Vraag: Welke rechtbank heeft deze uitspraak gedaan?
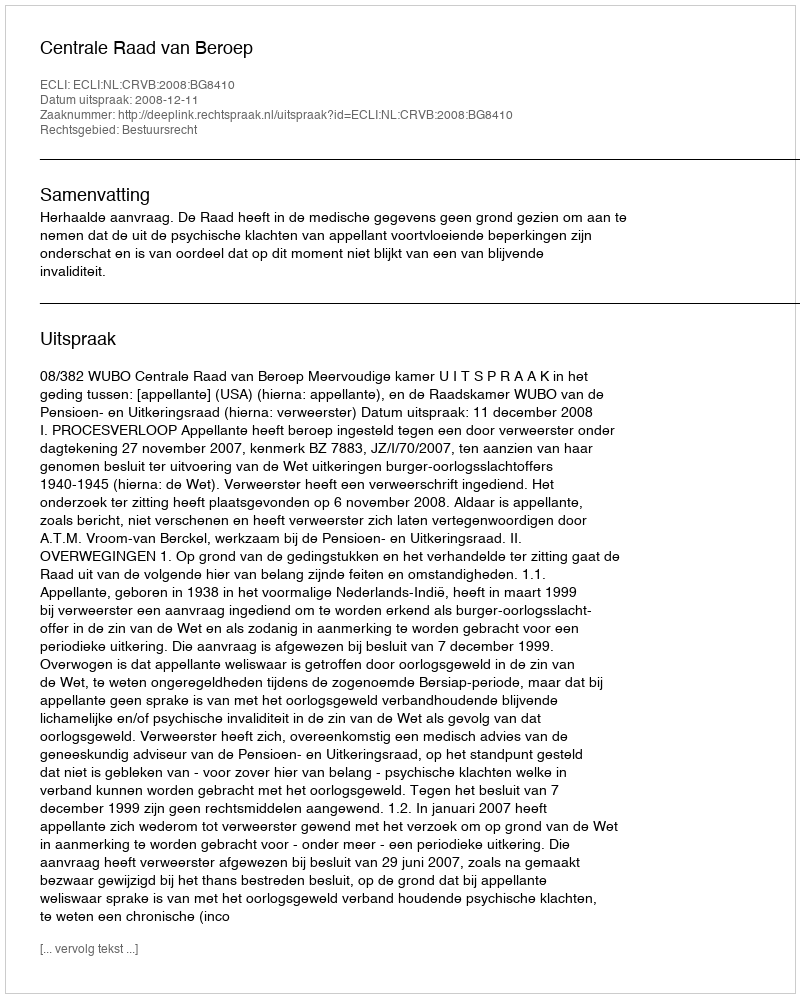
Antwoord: Centrale Raad van Beroep